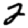
Digit: 2